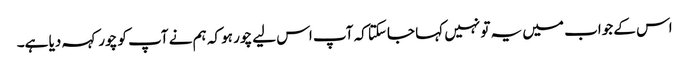
اس کے جواب میں یہ تو نہیں کہا جاسکتا کہ آپ اس لیے چور ہو کہ ہم نے آپ کو چور کہہ دیا ہے۔